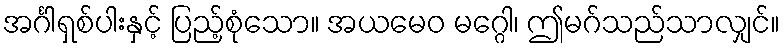
အင်္ဂါရှစ်ပါးနှင့် ပြည့်စုံသော။ အယမေဝ မဂ္ဂေါ၊ ဤမဂ်သည်သာလျှင်။